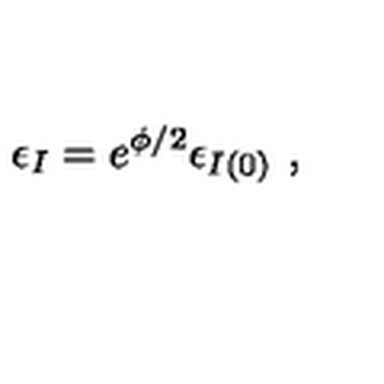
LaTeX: \epsilon _ { I } = e ^ { \phi / 2 } \epsilon _ { I ( 0 ) } \ ,